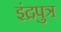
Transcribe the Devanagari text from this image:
इंद्रपुत्र